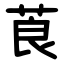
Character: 莨